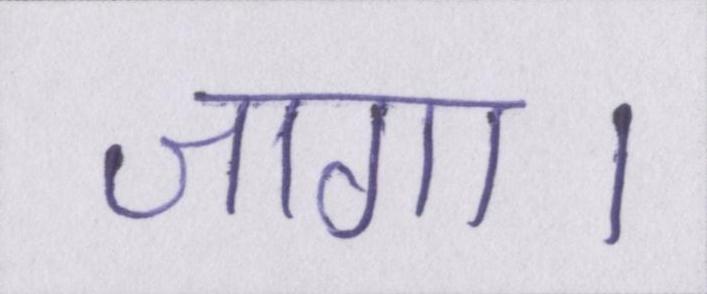
जागा।